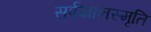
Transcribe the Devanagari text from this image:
सर्पज्ञानस्मृति